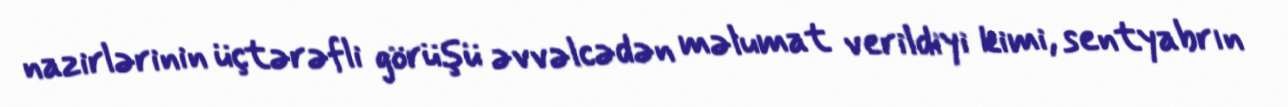
nazirlərinin üçtərəfli görüşü əvvəlcədən məlumat verildiyi kimi, sentyabrın